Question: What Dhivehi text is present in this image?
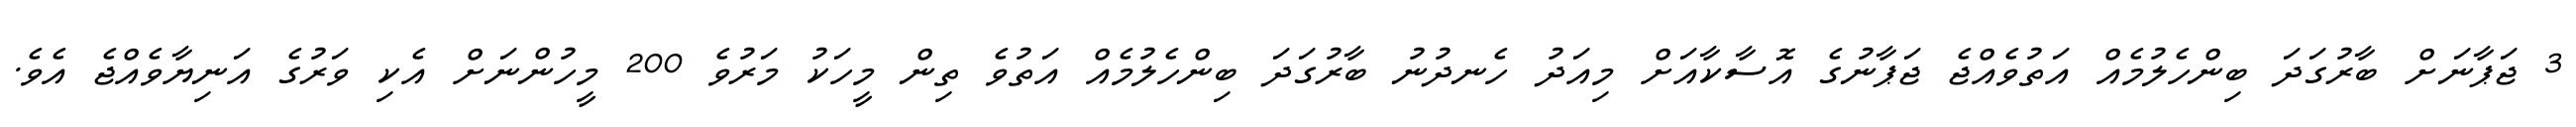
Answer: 3 ޖަޕާނަށް ބާރުގަދަ ބިންހެލުމެއް އަތުވެއްޖެ ޖަޕާނުގެ އޮސާކާއަށް މިއަދު ހެނދުނު ބާރުގަދަ ބިންހެލުމެއް އަތުވެ ތިން މީހަކު މަރުވެ 200 މީހުންނަށް އެކި ވަރުގެ އަނިޔާވެއްޖެ އެވެ.